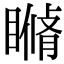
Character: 𥊕